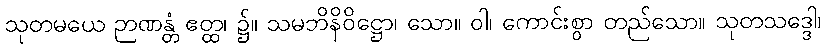
သုတမယေ ဉာဏန္တံ ဧတ္ထ၊ ၌။ သမဘိနိဝိဋ္ဌော၊ သော။ ဝါ၊ ကောင်းစွာ တည်သော။ သုတသဒ္ဒေါ၊